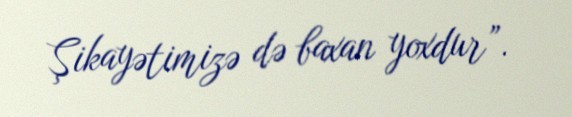
Şikayətimizə də baxan yoxdur”.